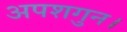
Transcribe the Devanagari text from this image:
अपशगुन।